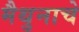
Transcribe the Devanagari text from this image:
मैथुनाचे